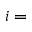
i =